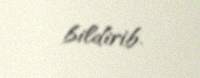
bildirib.